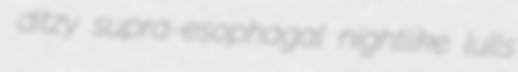
ditzy supra-esophagal nightlike lulls